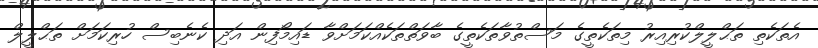
އެތަކެތި ތަޙްލީލްކުރިއިރު މިތަކެތީގެ މަސްތުވާތަކެތީގެ ބާވަތްތަކެއްކަމަށްވާ ޑައިމޯފިން އަދި ކެނެބިސް ހުރިކަމަށް ތަޙްލީލް